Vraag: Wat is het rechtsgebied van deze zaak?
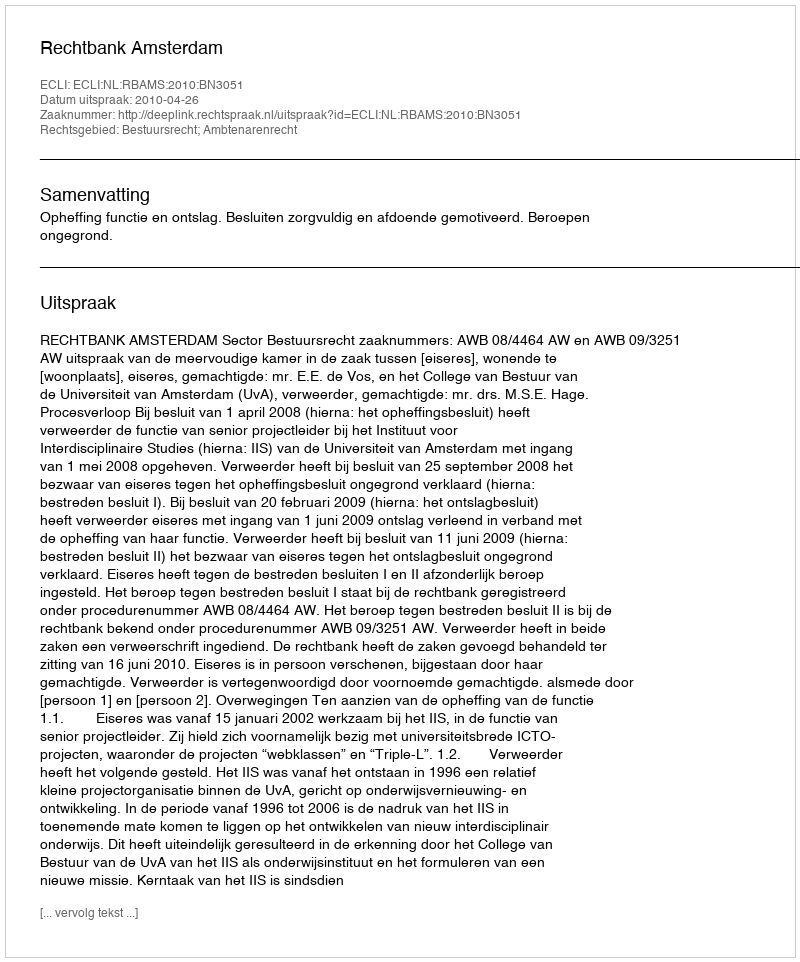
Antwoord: Bestuursrecht; Ambtenarenrecht